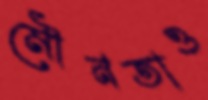
মৌনতাও